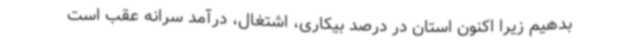
بدهیم زیرا اکنون استان در درصد بیکاری، اشتغال، درآمد سرانه عقب است